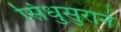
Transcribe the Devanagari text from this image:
सिंधुसुराने